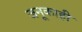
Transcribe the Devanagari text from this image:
जनूकाही